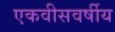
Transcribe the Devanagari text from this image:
एकवीसवर्षीय